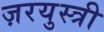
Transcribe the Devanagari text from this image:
ज़रयुस्त्री